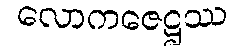
လောကဇေဋ္ဌဿ